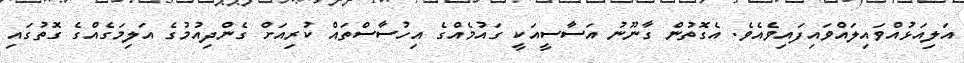
އަލިއަޅުއްވައިލައްވައިފައިވެއެވެ. އެގޮތުން ގާނޫނު އަސާސީއަކީ ގައުމެއްގެ އިހުސާސްތައް ކުރިއަށް ގެންދިއުމުގެ އަލިމަގެއްގެ ގޮތުގައި